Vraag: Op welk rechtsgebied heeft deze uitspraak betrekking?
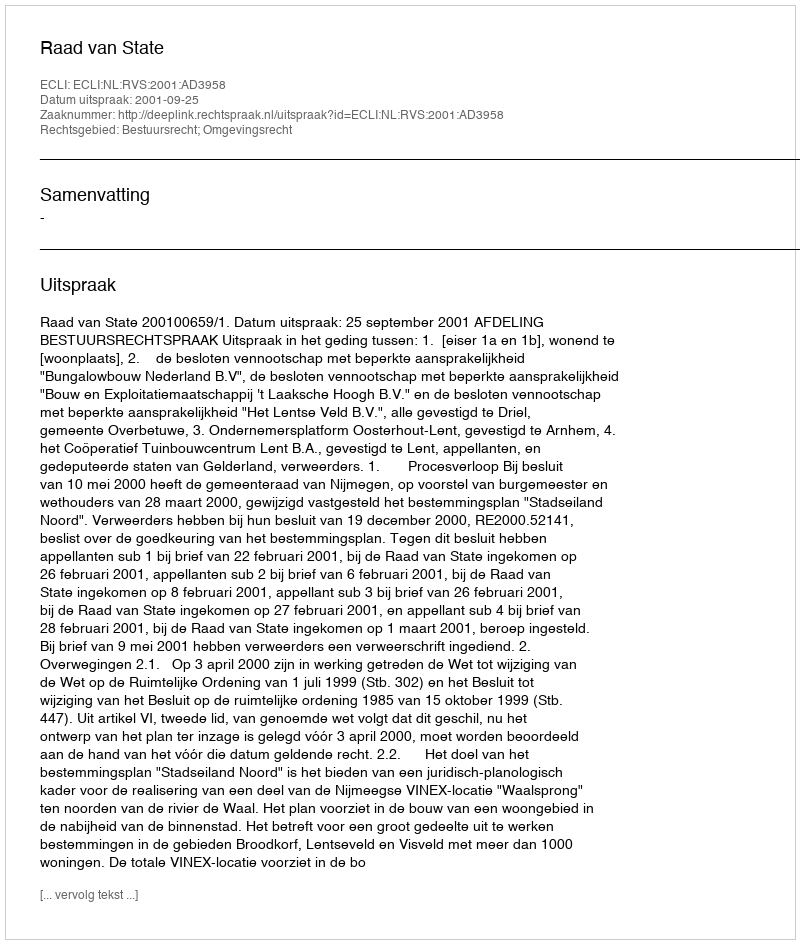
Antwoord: Bestuursrecht; Omgevingsrecht